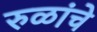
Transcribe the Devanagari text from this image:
रुळांचे